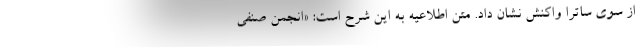
از سوی ساترا واکنش نشان داد. متن اطلاعیه به این شرح است: «انجمن صنفی